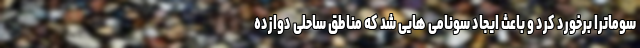
سوماترا برخورد کرد و باعث ایجاد سونامی هایی شد که مناطق ساحلی دوازده